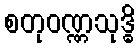
စတုဝဏ္ဏသုဒ္ဓိ